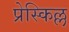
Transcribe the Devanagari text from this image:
प्रेस्किल्ल